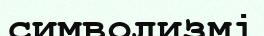
символизмі